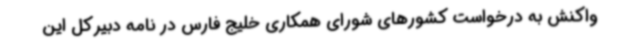
واکنش به درخواست کشورهای شورای همکاری خلیج فارس در نامه دبیرکل این